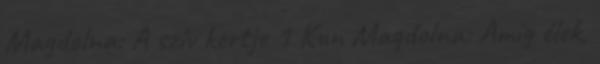
Magdolna: A szív kertje 1 Kun Magdolna: Amíg élek,